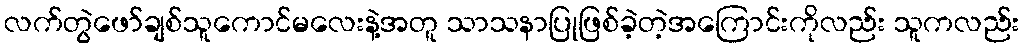
လက်တွဲဖော်ချစ်သူကောင်မလေးနဲ့အတူ သာသနာပြုဖြစ်ခဲ့တဲ့အကြောင်းကိုလည်း သူကလည်း